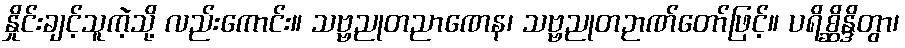
နှိုင်းချင့်သူကဲ့သို့ လည်းကောင်း။ သဗ္ဗညုတညာဏေန၊ သဗ္ဗညုတဉာဏ်တော်ဖြင့်။ ပရိစ္ဆိန္ဒိတွာ၊